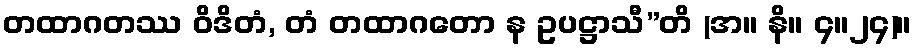
တထာဂတဿ ဝိဒိတံ, တံ တထာဂတော န ဥပဋ္ဌာသီ”တိ (အ။ နိ။ ၄။၂၄)။